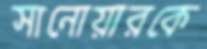
সানোয়ারকে